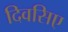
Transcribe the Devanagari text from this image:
दिवसिए